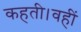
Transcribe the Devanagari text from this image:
कहती।वहीं